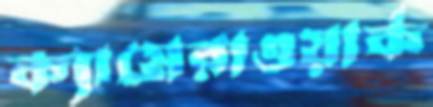
ক্যামেরাওয়ার্ক